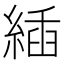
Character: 𦂉